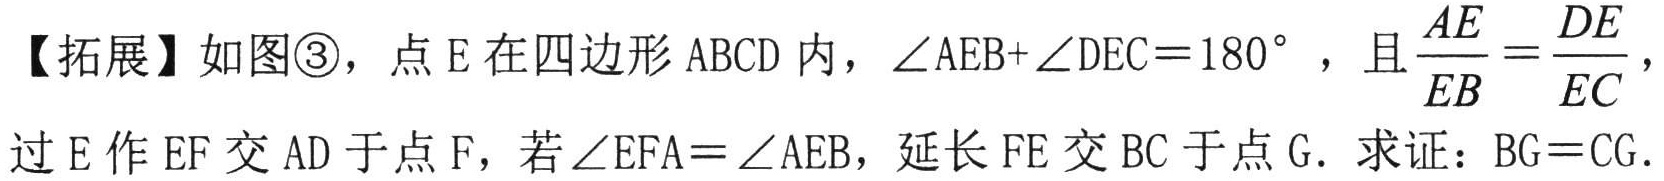
【拓展】如图\textcircled{3}，点 \(E\) 在四边形 \(ABCD\) 内，\(\angle AEB+\angle DEC = 180^{\circ}\)，且\(\dfrac{AE}{EB}=\dfrac{DE}{EC}\)，过 \(E\) 作 \(EF\) 交 \(AD\) 于点 \(F\)，若\(\angle EFA=\angle AEB\)，延长 \(FE\) 交 \(BC\) 于点 \(G\). 求证：\(BG = CG\).